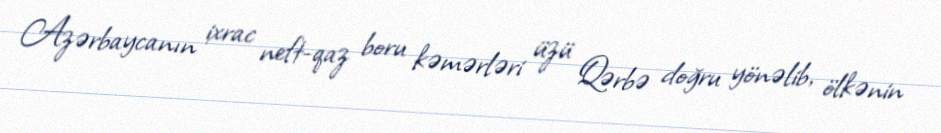
Azərbaycanın ixrac neft-qaz boru kəmərləri üzü Qərbə doğru yönəlib, ölkənin